Civil Veterinary Department. Madras. Admin. report 1926-33 - 1926-1933
Year: 1926
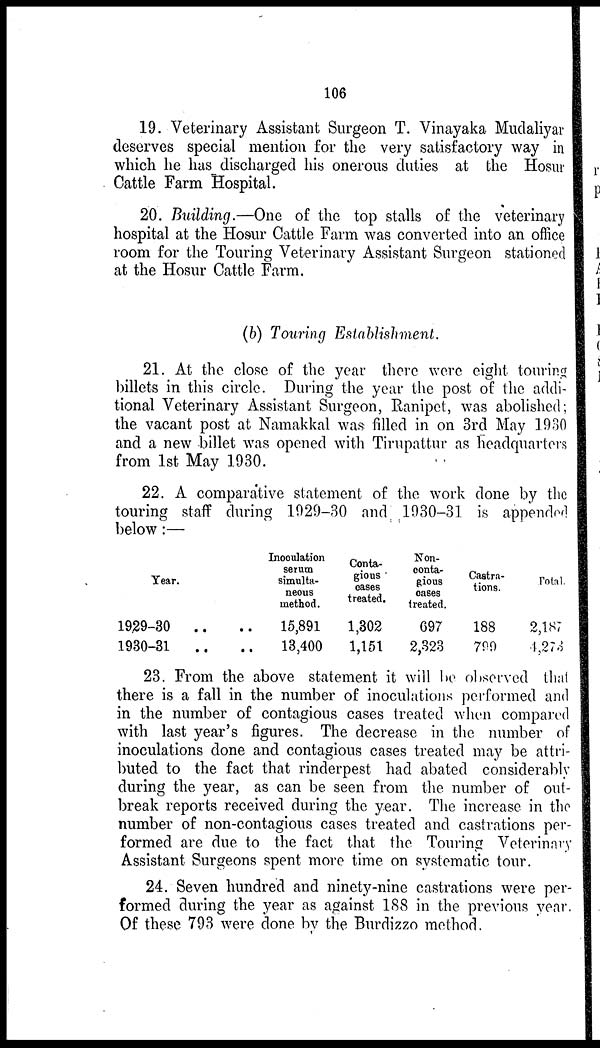
106
19. Veterinary Assistant Surgeon T. Vinayaka Mudaliyar
deserves special mention for the very satisfactory way in
which he has discharged his onerous duties at the Hosur
Cattle Farm Hospital.
20. Building.—One of the top stalls of the veterinary
hospital at the Hosur Cattle Farm was converted into an office
room for the Touring Veterinary Assistant Surgeon stationed
at the Hosur Cattle Farm.
(b) Touring Establishment.
21. At the close of the year there were eight touring
billets in this circle. During the year the post of the addi-
tional Veterinary Assistant Surgeon, Ranipet, was abolished;
the vacant post at Namakkal was filled in on 3rd May 1930
and a new billet was opened with Tirupattur as headquarters
from 1st May 1930.
22. A comparative statement of the work done by the
touring staff during 1929-30 and 1930-31 is appended
below:—
Year.
1929-30 .. ..
1930-31 .. ..
Inoculation
serum
simulta-
neous
method.
15,891
13,400
Conta-
gious
cases
treated.
1,302
1,151
Non-
conta-
gious
cases
treated.
697
2,323
Castra-
tions.
188
799
Total.
2,187
4,273
23. From the above statement it will be observed that
there is a fall in the number of inoculations performed and
in the number of contagious cases treated when compared
with last year's figures. The decrease in the number of
inoculations done and contagious cases treated may be attri-
buted to the fact that rinderpest had abated considerably
during the year, as can be seen from the number of out-
break reports received during the year. The increase in the
number of non-contagious cases treated and castrations per-
formed are due to the fact that the Touring Veterinary
Assistant Surgeons spent more time on systematic tour.
24. Seven hundred and ninety-nine castrations were per-
formed during the year as against 188 in the previous year.
Of these 793 were done by the Burdizzo method.